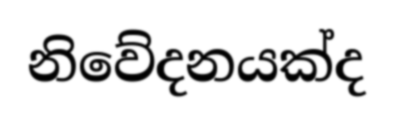
නිවේදනයක්ද